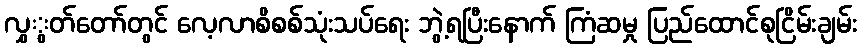
လွှွတ်တော်တွင် လေ့လာစိစစ်သုံးသပ်ရေး ဘွဲ့ရပြီးနောက် ကြံဆမှု ပြည်ထောင်စုငြိမ်းချမ်း